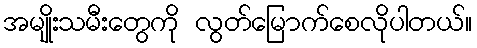
အမျိုးသမီးတွေကို လွတ်မြောက်စေလိုပါတယ်။